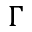
\Gamma